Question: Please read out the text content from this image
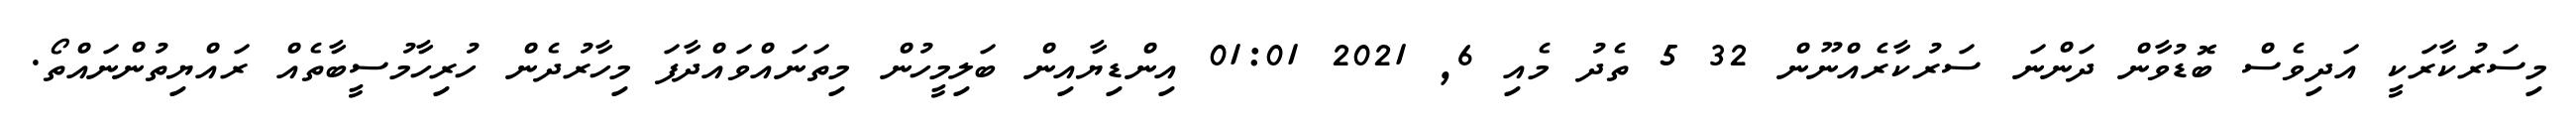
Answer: މިސަރުކާރަކީ އަދިވެސް ބޮޑުވާން ދަންނަ ސަރުކާރެއްނޫން 32 5 ތެދު މެއި 6, 2021 01:01 އިންޑިޔާއިން ބަލިމީހުން މިތަނައްވައްދާފަ މިހާރުދެން ހުރިހާމުސީބާތެއް ރައްޔިތުންނައްތޯ.